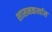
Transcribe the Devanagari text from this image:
शासनकर्त्यास